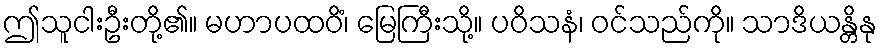
ဤသူငါးဦးတို့၏။ မဟာပထဝိံ၊ မြေကြီးသို့။ ပဝိသနံ၊ ဝင်သည်ကို။ သာဒိယန္တိနု